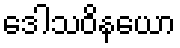
ဒေါသဝိနယော